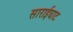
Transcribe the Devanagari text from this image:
साराईघाट